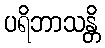
ပရိဘာသန္တိ